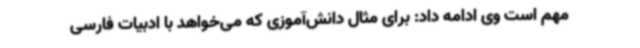
مهم است وی ادامه داد: برای مثال دانش‌آموزی که می‌خواهد با ادبیات فارسی